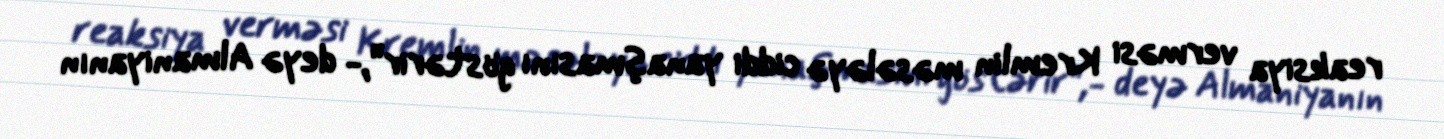
reaksiya verməsi Kremlin məsələyə ciddi yanaşmasını göstərir”,- deyə Almaniyanın